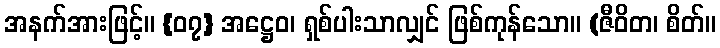
အနက်အားဖြင့်။ {၀၇} အဋ္ဌေဝ၊ ရှစ်ပါးသာလျှင် ဖြစ်ကုန်သော။ (ဇီဝိတ၊ စိတ်။